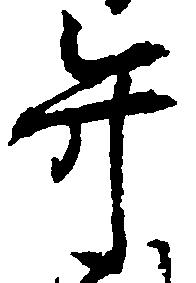
弁